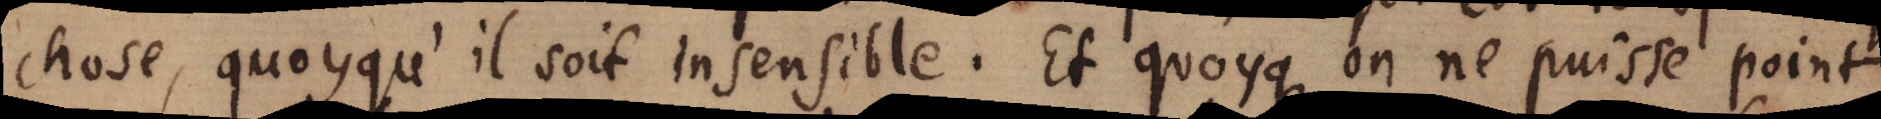
chose, quoyqu’il soit insensible. Et quoyque on ne puisse point